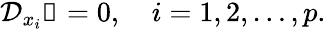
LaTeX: \mathcal{D}_{x_{i}}\mathbb{1}=0,\quad i=1,2,\ldots,p.